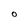
Character: 0